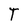
Character: T